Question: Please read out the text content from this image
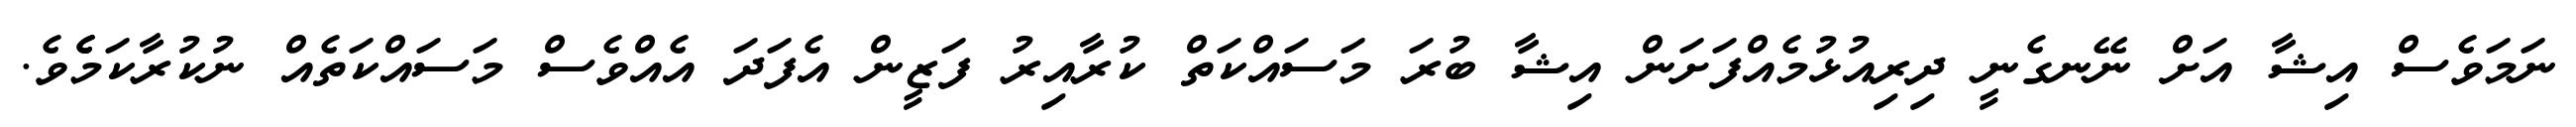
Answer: ނަމަވެސް އިޝާ އަށް ނޭނގެނީ ދިރިއުޅުމެއްފަށަން އިޝާ ބުރަ މަސައްކަތް ކުރާއިރު ފަޒީން އެފަދަ އެއްވެސް މަސައްކަތެއް ނުކުރާކަމެެވެ.